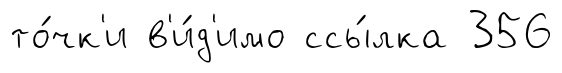
то́чк'и в'и́д'имо ссы́лка 356